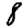
Digit: 8